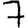
Digit: 7